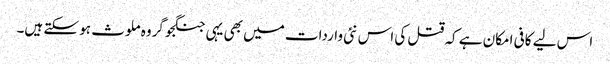
اس لیے کافی امکان ہے کہ قتل کی اس نئی واردات میں بھی یہی جنگجو گروہ ملوث ہو سکتے ہیں۔